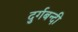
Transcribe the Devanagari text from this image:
दुर्गबन्दी